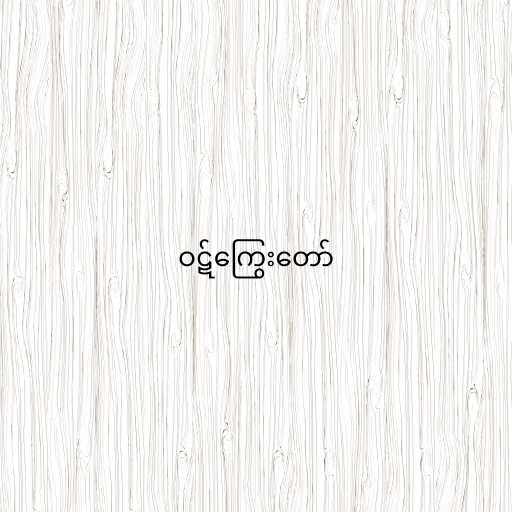
ဝဋ်ကြွေးတော်